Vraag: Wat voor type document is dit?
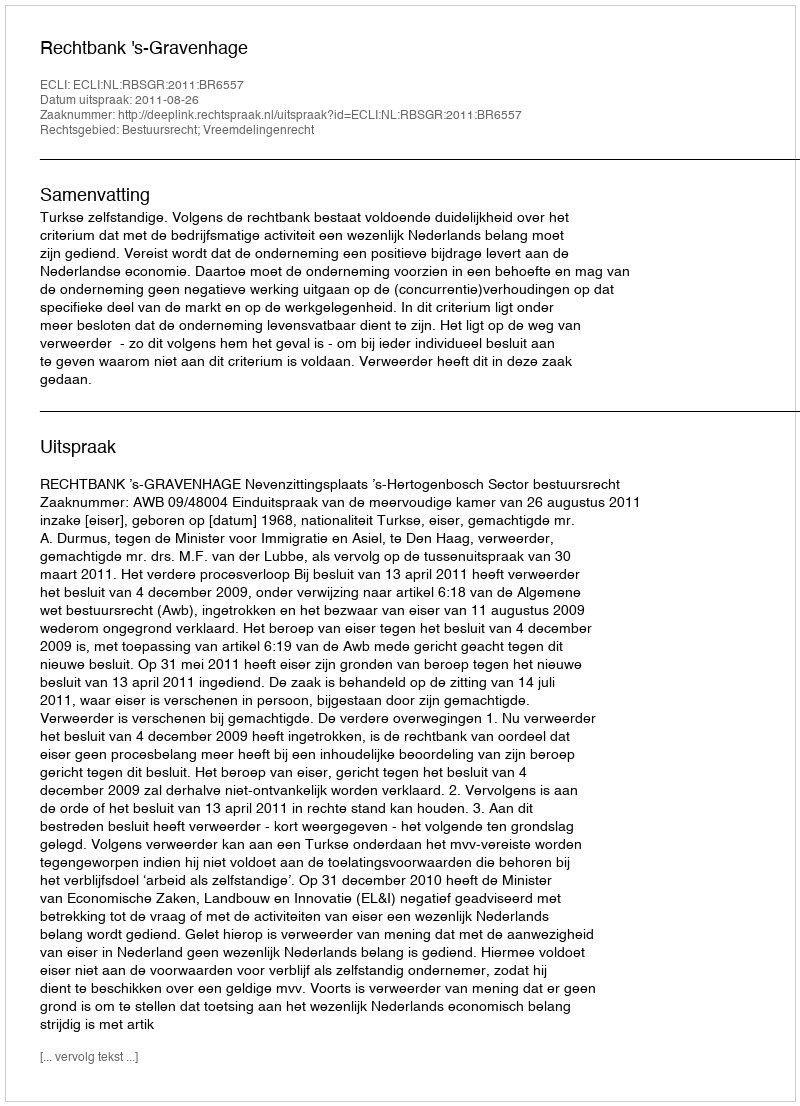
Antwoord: Uitspraak